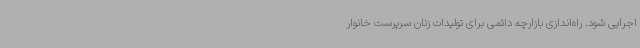
اجرایی شود. راه‌اندازی بازارچه دائمی برای تولیدات زنان سرپرست خانوار